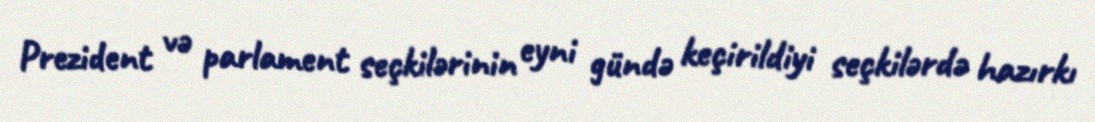
Prezident və parlament seçkilərinin eyni gündə keçirildiyi seçkilərdə hazırkı